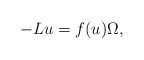
\begin{align*}- L u = f(u) \Omega,\end{align*}